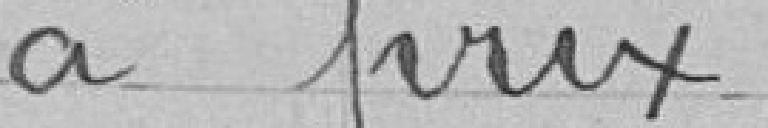
à prix